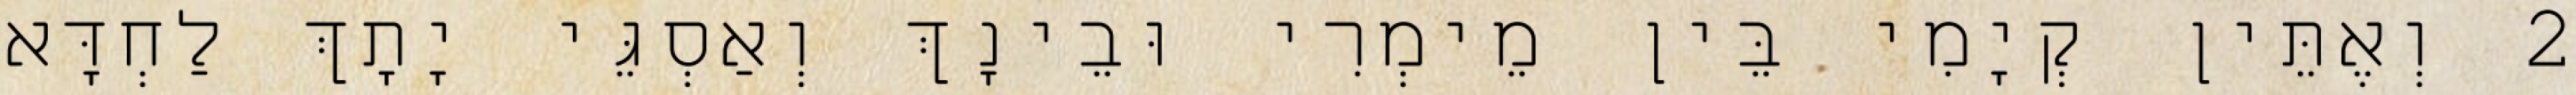
2 וְאֶתֵּין קְיָמִי בֵּין מֵימְרִי וּבֵינָךְ וְאַסְגֵּי יָתָךְ לַחְדָּא